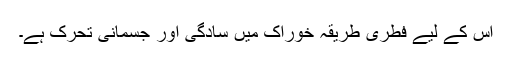
اس کے لیے فطری طریقہ خوراک میں سادگی اور جسمانی تحرک ہے۔